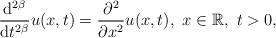
LaTeX: \begin{align*}\frac{\mathrm{d}^{2\beta}}{\mathrm{d}t^{2\beta}}u(x,t)=\frac{\partial^{2}}{\partial x^{2}}u(x,t),\ x\in\mathbb{R},\ t>0,\end{align*}